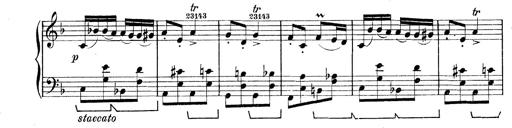
Title: Rapsodie: 19 ungheresi, 1 spagnuola
Composer: Franz Liszt